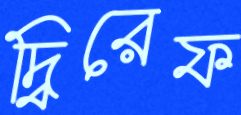
দ্বিরেফ